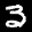
Label: 3